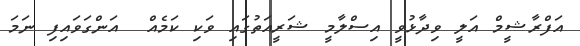
އަފްރާޝީމް އަލީ ވިދާޅުވީ އިސްލާމީ ޝަރީއަތުގައި ވަކި ކަމެއް  އަންގަވައިފި ނަމަ